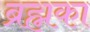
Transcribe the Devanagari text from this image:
ब्रह्मका